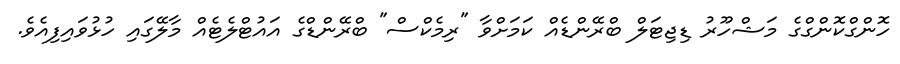
ހޮންގްކޮންގްގެ މަޝްހޫރު ޑިޖިޓަލް ބްރޭންޑެއް ކަމަށްވާ "ރިމެކްސް" ބްރޭންޑްގެ އައުޓްލެޓެއް މާލޭގައި ހުޅުވައިފިއެވެ.